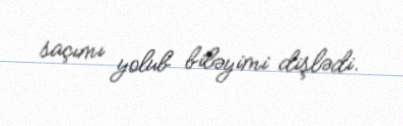
saçımı yolub biləyimi dişlədi.